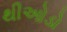
થીઓડો